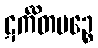
ဋင်္ကိတမဉ္စေ